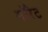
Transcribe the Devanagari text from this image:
गॉरेट